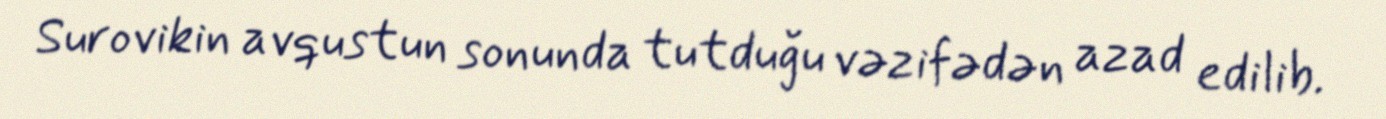
Surovikin avqustun sonunda tutduğu vəzifədən azad edilib.